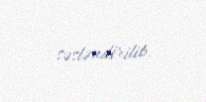
səsləndirilib.